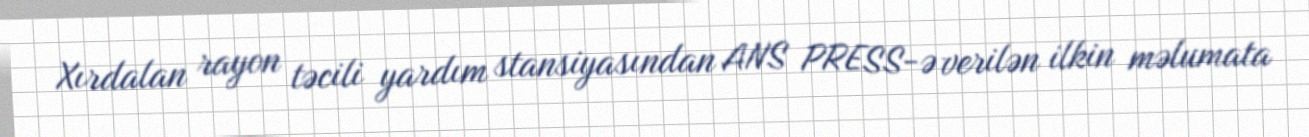
Xırdalan rayon təcili yardım stansiyasından ANS PRESS-ə verilən ilkin məlumata